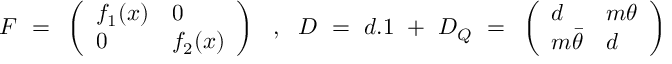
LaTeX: F ~ = ~ \left( \begin{array} { l l } { { f _ { 1 } ( x ) } } & { { 0 } } \\ { { 0 } } & { { f _ { 2 } ( x ) } } \end{array} \right) ~ ~ , ~ ~ D ~ = ~ d . 1 ~ + ~ D _ { Q } ~ = ~ \left( \begin{array} { l l } { { d } } & { { m \theta } } \\ { { m { \bar { \theta } } } } & { { d } } \end{array} \right)